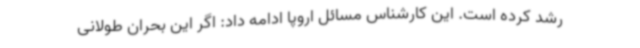
رشد کرده است. این کارشناس مسائل اروپا ادامه داد: اگر این بحران طولانی